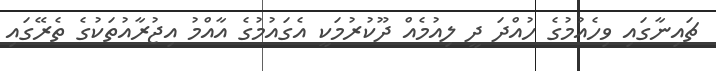
ޗައިނާގައި ވިހެއުމުގެ ހުއްދަ ދީ ލިއުމެއް ދޫކުރުމަކީ އެގައުމުގެ އާއްމު އިޖުރާއުތަކުގެ ތެރޭގައި